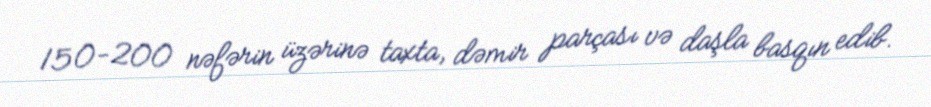
150-200 nəfərin üzərinə taxta, dəmir parçası və daşla basqın edib.